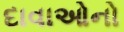
દાવાઓનો